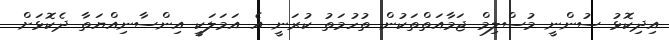
އިދިކޮޅު ސުންނީ މުސްލިމް ޖަމާއަތްތަކުން ތުހުމަތު ކުރަނީ އެ އަމަލަކީ އިންސާނިއްޔަތާ ދެކޮޅަށް